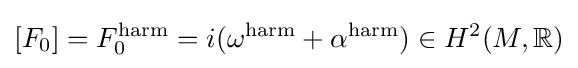
[F_{0}]=F_{0}^{\mathrm {harm} }=i(\omega ^{\mathrm {harm} }+\alpha ^{\mathrm {harm} })\in H^{2}(M,\mathbb {R} )